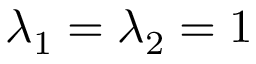
\lambda _ { 1 } = \lambda _ { 2 } = 1